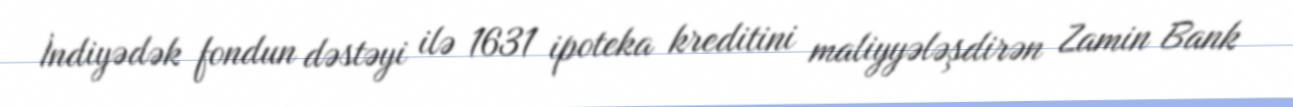
İndiyədək fondun dəstəyi ilə 1631 ipoteka kreditini maliyyələşdirən Zamin Bank